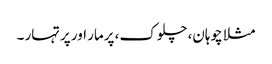
مثلا چوہان، چلوک، پرمار اور پرتہار ۔